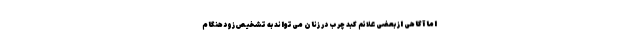
اما آگاهی از بعضی علائم کبد چرب در زنان می‌تواند به تشخیص زودهنگام